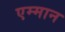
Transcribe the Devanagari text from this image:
एम्मान